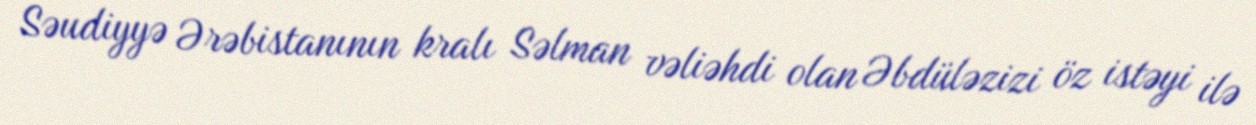
Səudiyyə Ərəbistanının kralı Səlman vəliəhdi olan Əbdüləzizi öz istəyi ilə